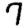
Digit: 7